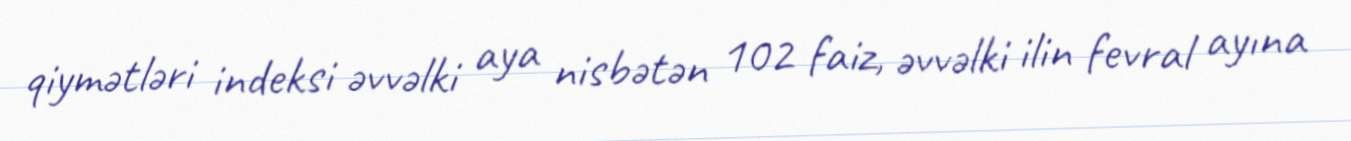
qiymətləri indeksi əvvəlki aya nisbətən 102 faiz, əvvəlki ilin fevral ayına